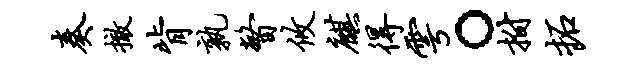
奏撤背孰瞥攸麒得雩。拊拓